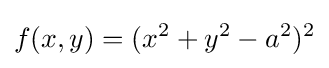
f(x,y)=(x^{2}+y^{2}-a^{2})^{2}